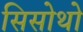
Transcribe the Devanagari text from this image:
सिसोथो